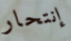
إنتحار